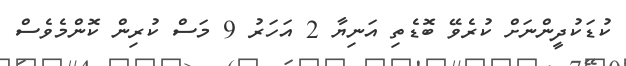
ކުޑަކުދީންނަށް ކުރެވޭ ބޮޑެތި އަނިޔާ 2 އަހަރު 9 މަސް ކުރިން ކޮންމެވެސް